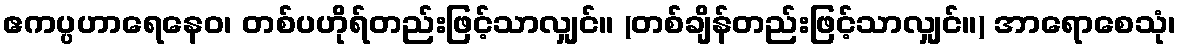
ဧကပ္ပဟာရေနေဝ၊ တစ်ပဟိုရ်တည်းဖြင့်သာလျှင်။ (တစ်ချိန်တည်းဖြင့်သာလျှင်။) အာရောစေသုံ၊